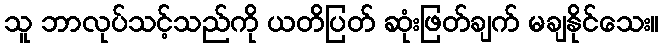
သူ ဘာလုပ်သင့်သည်ကို ယတိပြတ် ဆုံးဖြတ်ချက် မချနိုင်သေး။